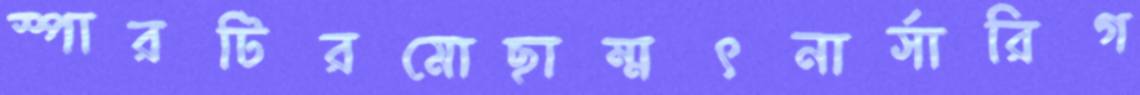
স্পারটিরমোছাম্মৎনার্সারিগ